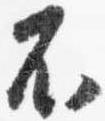
不